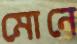
মোনে